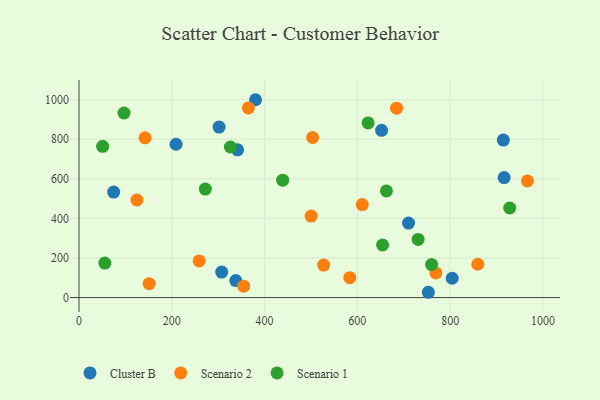
{"axis": {"x": "Distance", "y": "Salary"}, "legend": ["Cluster B", "Scenario 1", "Scenario 2"], "data": [{"x": "652.2", "y": 844.8, "type": "Cluster B"}, {"x": "302.0", "y": 861.6, "type": "Cluster B"}, {"x": "74.7", "y": 533.2, "type": "Cluster B"}, {"x": "380.5", "y": 999.6, "type": "Cluster B"}, {"x": "804.4", "y": 97.5, "type": "Cluster B"}, {"x": "341.8", "y": 746.3, "type": "Cluster B"}, {"x": "914.7", "y": 795.8, "type": "Cluster B"}, {"x": "307.6", "y": 129.0, "type": "Cluster B"}, {"x": "916.4", "y": 606.0, "type": "Cluster B"}, {"x": "209.2", "y": 774.7, "type": "Cluster B"}, {"x": "710.3", "y": 376.3, "type": "Cluster B"}, {"x": "337.9", "y": 85.7, "type": "Cluster B"}, {"x": "753.0", "y": 26.7, "type": "Cluster B"}, {"x": "503.5", "y": 808.7, "type": "Scenario 2"}, {"x": "527.4", "y": 164.1, "type": "Scenario 2"}, {"x": "966.5", "y": 589.3, "type": "Scenario 2"}, {"x": "124.8", "y": 492.9, "type": "Scenario 2"}, {"x": "769.2", "y": 124.3, "type": "Scenario 2"}, {"x": "355.0", "y": 57.7, "type": "Scenario 2"}, {"x": "142.3", "y": 807.0, "type": "Scenario 2"}, {"x": "258.9", "y": 185.3, "type": "Scenario 2"}, {"x": "583.7", "y": 100.4, "type": "Scenario 2"}, {"x": "500.4", "y": 411.8, "type": "Scenario 2"}, {"x": "151.1", "y": 70.3, "type": "Scenario 2"}, {"x": "365.1", "y": 958.0, "type": "Scenario 2"}, {"x": "859.6", "y": 168.3, "type": "Scenario 2"}, {"x": "610.5", "y": 469.6, "type": "Scenario 2"}, {"x": "684.5", "y": 956.9, "type": "Scenario 2"}, {"x": "272.3", "y": 548.1, "type": "Scenario 1"}, {"x": "928.4", "y": 452.6, "type": "Scenario 1"}, {"x": "731.0", "y": 293.5, "type": "Scenario 1"}, {"x": "623.2", "y": 882.6, "type": "Scenario 1"}, {"x": "97.0", "y": 932.4, "type": "Scenario 1"}, {"x": "654.4", "y": 265.5, "type": "Scenario 1"}, {"x": "439.0", "y": 593.1, "type": "Scenario 1"}, {"x": "760.0", "y": 166.6, "type": "Scenario 1"}, {"x": "326.3", "y": 760.8, "type": "Scenario 1"}, {"x": "50.9", "y": 764.1, "type": "Scenario 1"}, {"x": "662.7", "y": 539.0, "type": "Scenario 1"}, {"x": "55.7", "y": 174.1, "type": "Scenario 1"}]}